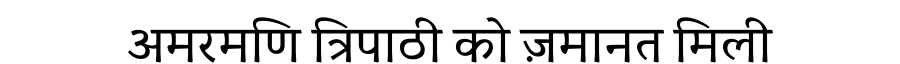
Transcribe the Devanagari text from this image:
अमरमणि त्रिपाठी को ज़मानत मिली